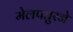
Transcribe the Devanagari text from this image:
मेलपतुरने